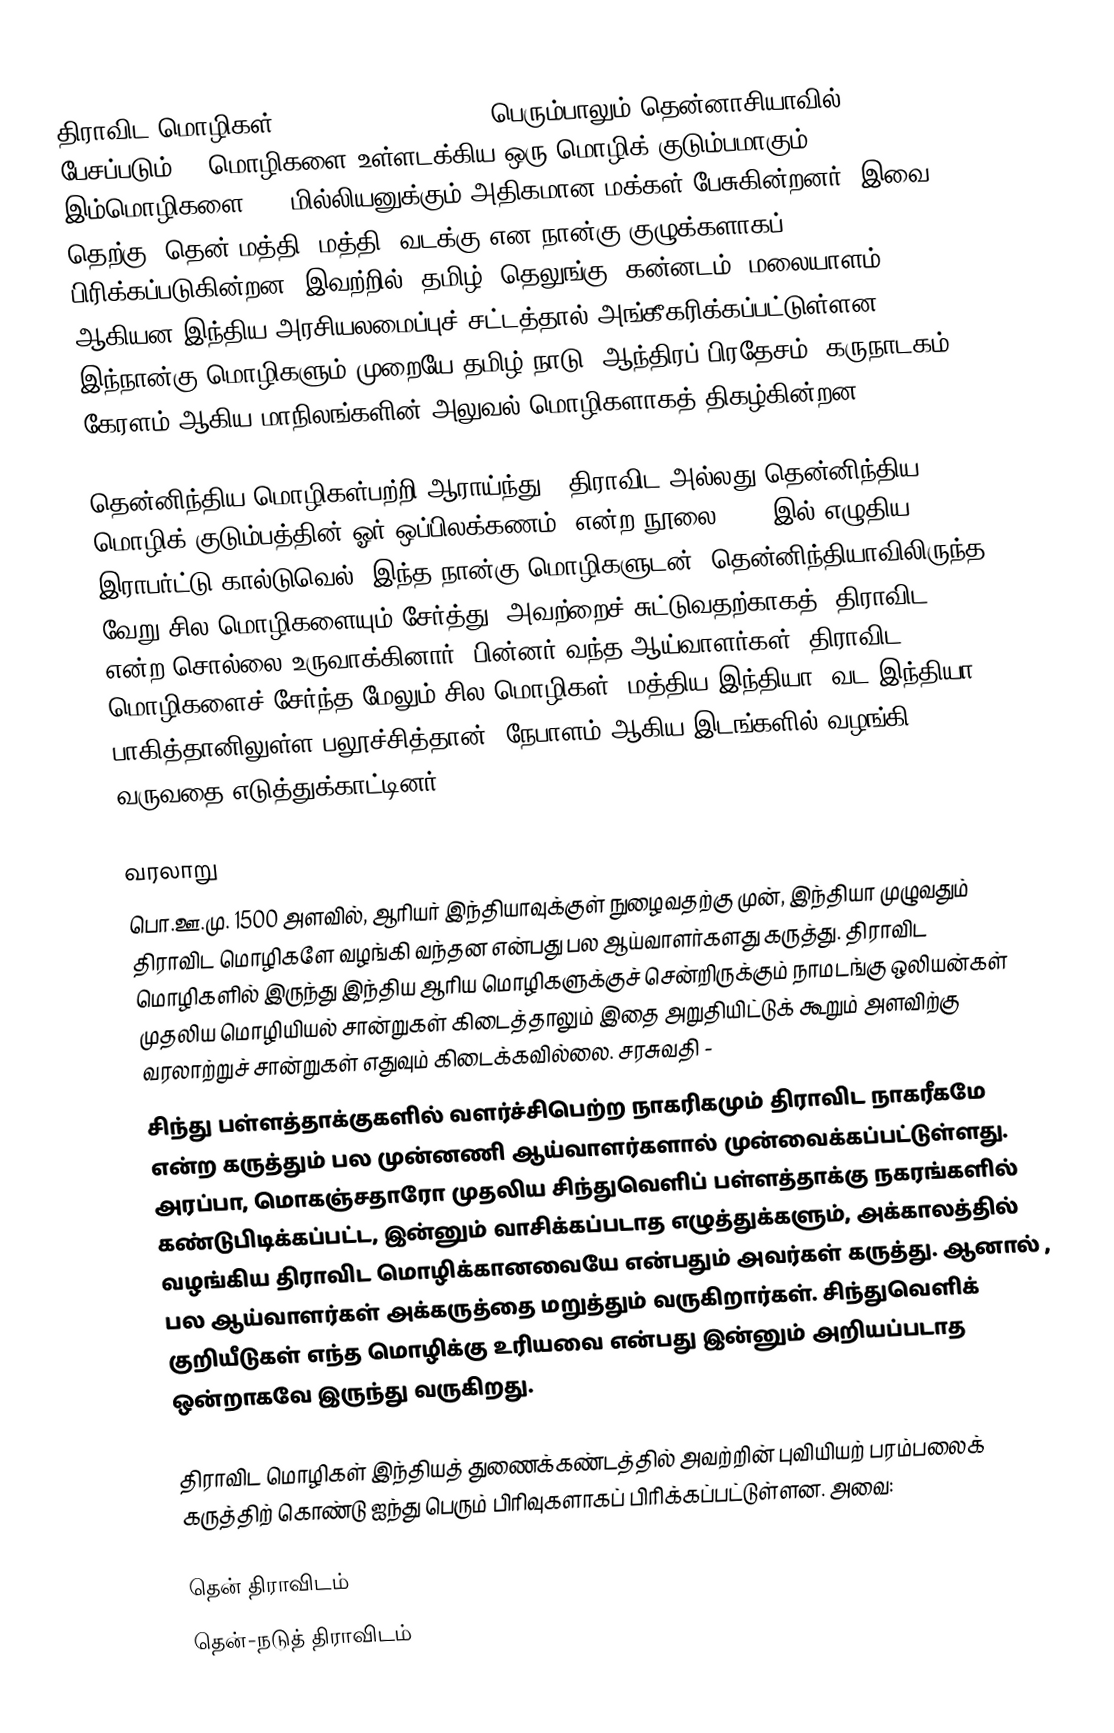
திராவிட மொழிகள் (Dravidian languages) பெரும்பாலும் தென்னாசியாவில் பேசப்படும் 86 மொழிகளை உள்ளடக்கிய ஒரு மொழிக் குடும்பமாகும். இம்மொழிகளை 215 மில்லியனுக்கும் அதிகமான மக்கள் பேசுகின்றனர். இவை தெற்கு, தென்-மத்தி, மத்தி, வடக்கு என நான்கு குழுக்களாகப் பிரிக்கப்படுகின்றன. இவற்றில், தமிழ், தெலுங்கு, கன்னடம், மலையாளம் ஆகியன இந்திய அரசியலமைப்புச் சட்டத்தால் அங்கீகரிக்கப்பட்டுள்ளன. இந்நான்கு மொழிகளும் முறையே தமிழ் நாடு, ஆந்திரப் பிரதேசம், கருநாடகம், கேரளம் ஆகிய மாநிலங்களின் அலுவல் மொழிகளாகத் திகழ்கின்றன.

தென்னிந்திய மொழிகள்பற்றி ஆராய்ந்து, 'திராவிட அல்லது தென்னிந்திய மொழிக் குடும்பத்தின் ஓர் ஒப்பிலக்கணம்' என்ற நூலை 1856-இல் எழுதிய இராபர்ட்டு கால்டுவெல், இந்த நான்கு மொழிகளுடன், தென்னிந்தியாவிலிருந்த வேறு சில மொழிகளையும் சேர்த்து, அவற்றைச் சுட்டுவதற்காகத் 'திராவிட' என்ற சொல்லை உருவாக்கினார். பின்னர் வந்த ஆய்வாளர்கள், திராவிட மொழிகளைச் சேர்ந்த மேலும் சில மொழிகள், மத்திய இந்தியா, வட இந்தியா, பாகித்தானிலுள்ள பலூச்சித்தான், நேபாளம் ஆகிய இடங்களில் வழங்கி வருவதை எடுத்துக்காட்டினர்.

வரலாறு
பொ.ஊ.மு. 1500 அளவில், ஆரியர் இந்தியாவுக்குள் நுழைவதற்கு முன், இந்தியா முழுவதும் திராவிட மொழிகளே வழங்கி வந்தன என்பது பல ஆய்வாளர்களது கருத்து. திராவிட மொழிகளில் இருந்து இந்திய ஆரிய மொழிகளுக்குச் சென்றிருக்கும் நாமடங்கு ஒலியன்கள் முதலிய மொழியியல் சான்றுகள் கிடைத்தாலும் இதை அறுதியிட்டுக் கூறும் அளவிற்கு வரலாற்றுச் சான்றுகள் எதுவும் கிடைக்கவில்லை.  சரசுவதி -
சிந்து பள்ளத்தாக்குகளில் வளர்ச்சிபெற்ற நாகரிகமும் திராவிட நாகரீகமே என்ற கருத்தும் பல முன்னணி ஆய்வாளர்களால் முன்வைக்கப்பட்டுள்ளது. அரப்பா, மொகஞ்சதாரோ முதலிய சிந்துவெளிப் பள்ளத்தாக்கு நகரங்களில் கண்டுபிடிக்கப்பட்ட, இன்னும் வாசிக்கப்படாத எழுத்துக்களும், அக்காலத்தில் வழங்கிய திராவிட மொழிக்கானவையே என்பதும் அவர்கள் கருத்து. ஆனால் , பல ஆய்வாளர்கள் அக்கருத்தை மறுத்தும் வருகிறார்கள். சிந்துவெளிக் குறியீடுகள் எந்த மொழிக்கு உரியவை என்பது இன்னும் அறியப்படாத ஒன்றாகவே இருந்து வருகிறது.

திராவிட மொழிகள் இந்தியத் துணைக்கண்டத்தில் அவற்றின் புவியியற் பரம்பலைக் கருத்திற் கொண்டு ஐந்து பெரும் பிரிவுகளாகப் பிரிக்கப்பட்டுள்ளன. அவை:

 தென் திராவிடம்
 தென்-நடுத் திராவிடம்